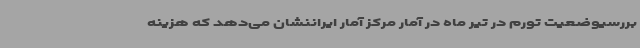
بررسیوضعیت تورم در تیر ماه در آمار مرکز آمار ایراننشان می‌دهد که هزینه